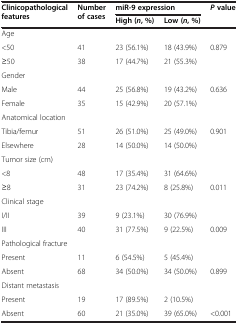
<table><thead><tr><td rowspan="2"><b>Clinicopathological features</b></td><td rowspan="2"><b>Number of cases</b></td><td colspan="2"><b>miR-9 expression</b></td><td rowspan="2"><b><i>P </i>value</b></td></tr><tr><td><b>High ( <i>n </i>, %)</b></td><td><b>Low ( <i>n </i>, %)</b></td></tr></thead><tbody><tr><td>Age</td><td> </td><td> </td><td> </td><td> </td></tr><tr><td>&lt;50</td><td>41</td><td>23 (56.1%)</td><td>18 (43.9%)</td><td>0.879</td></tr><tr><td>≥50</td><td>38</td><td>17 (44.7%)</td><td>21 (55.3%)</td><td> </td></tr><tr><td>Gender</td><td> </td><td> </td><td> </td><td> </td></tr><tr><td>Male</td><td>44</td><td>25 (56.8%)</td><td>19 (43.2%)</td><td>0.636</td></tr><tr><td>Female</td><td>35</td><td>15 (42.9%)</td><td>20 (57.1%)</td><td> </td></tr><tr><td>Anatomical location</td><td> </td><td> </td><td> </td><td> </td></tr><tr><td>Tibia/femur</td><td>51</td><td>26 (51.0%)</td><td>25 (49.0%)</td><td>0.901</td></tr><tr><td>Elsewhere</td><td>28</td><td>14 (50.0%)</td><td>14 (50.0%)</td><td> </td></tr><tr><td>Tumor size (cm)</td><td> </td><td> </td><td> </td><td> </td></tr><tr><td>&lt;8</td><td>48</td><td>17 (35.4%)</td><td>31 (64.6%)</td><td> </td></tr><tr><td>≥8</td><td>31</td><td>23 (74.2%)</td><td>8 (25.8%)</td><td>0.011</td></tr><tr><td>Clinical stage</td><td> </td><td> </td><td> </td><td> </td></tr><tr><td>I/II</td><td>39</td><td>9 (23.1%)</td><td>30 (76.9%)</td><td> </td></tr><tr><td>III</td><td>40</td><td>31 (77.5%)</td><td>9 (22.5%)</td><td>0.009</td></tr><tr><td>Pathological fracture</td><td> </td><td> </td><td> </td><td> </td></tr><tr><td>Present</td><td>11</td><td>6 (54.5%)</td><td>5 (45.4%)</td><td> </td></tr><tr><td>Absent</td><td>68</td><td>34 (50.0%)</td><td>34 (50.0%)</td><td>0.899</td></tr><tr><td>Distant metastasis</td><td> </td><td> </td><td> </td><td> </td></tr><tr><td>Present</td><td>19</td><td>17 (89.5%)</td><td>2 (10.5%)</td><td> </td></tr><tr><td>Absent</td><td>60</td><td>21 (35.0%)</td><td>39 (65.0%)</td><td>&lt;0.001</td></tr></tbody></table>